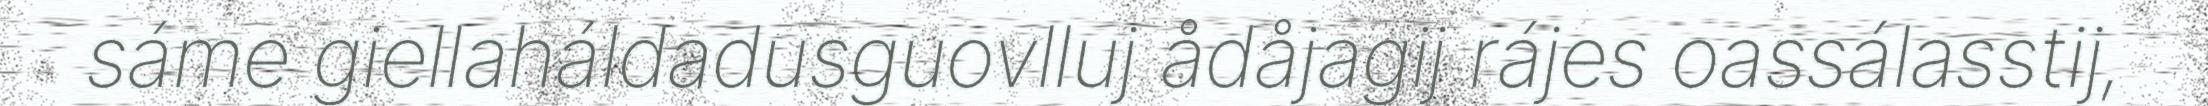
sáme giellaháldadusguovlluj ådåjagij rájes oassálasstij,